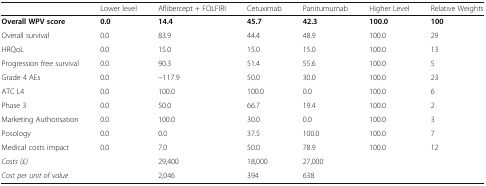
<table><thead><tr><td></td><td><b>Lower level</b></td><td><b>Aflibercept + FOLFIRI</b></td><td><b>Cetuximab</b></td><td><b>Panitumumab</b></td><td><b>Higher Level</b></td><td><b>Relative Weights</b></td></tr></thead><tbody><tr><td><b>Overall WPV score</b></td><td><b>0.0</b></td><td><b>14.4</b></td><td><b>45.7</b></td><td><b>42.3</b></td><td><b>100.0</b></td><td><b>100</b></td></tr><tr><td>Overall survival</td><td>0.0</td><td>83.9</td><td>44.4</td><td>48.9</td><td>100.0</td><td>29</td></tr><tr><td>HRQoL</td><td>0.0</td><td>15.0</td><td>15.0</td><td>15.0</td><td>100.0</td><td>13</td></tr><tr><td>Progression free survival</td><td>0.0</td><td>90.3</td><td>51.4</td><td>55.6</td><td>100.0</td><td>5</td></tr><tr><td>Grade 4 AEs</td><td>0.0</td><td>−117.9</td><td>50.0</td><td>30.0</td><td>100.0</td><td>23</td></tr><tr><td>ATC L4</td><td>0.0</td><td>100.0</td><td>100.0</td><td>0.0</td><td>100.0</td><td>6</td></tr><tr><td>Phase 3</td><td>0.0</td><td>50.0</td><td>66.7</td><td>19.4</td><td>100.0</td><td>2</td></tr><tr><td>Marketing Authorisation</td><td>0.0</td><td>100.0</td><td>30.0</td><td>0.0</td><td>100.0</td><td>3</td></tr><tr><td>Posology</td><td>0.0</td><td>0.0</td><td>37.5</td><td>100.0</td><td>100.0</td><td>7</td></tr><tr><td>Medical costs impact</td><td>0.0</td><td>7.0</td><td>50.0</td><td>78.9</td><td>100.0</td><td>12</td></tr><tr><td><i>Costs (£)</i></td><td></td><td>29,400</td><td>18,000</td><td>27,000</td><td></td><td></td></tr><tr><td><i>Cost per unit of value</i></td><td></td><td>2,046</td><td>394</td><td>638</td><td></td><td></td></tr></tbody></table>